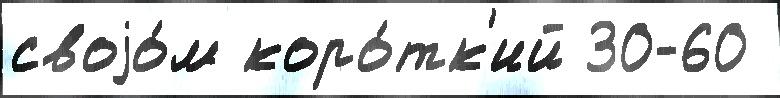
своjо́м коро́тк'ий 30-60